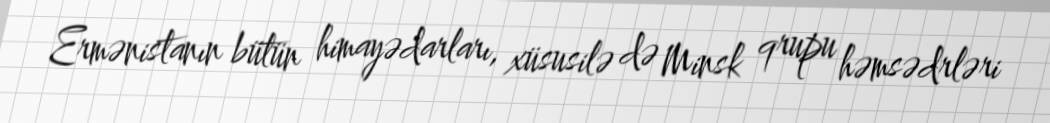
Ermənistanın bütün himayədarları, xüsusilə də Minsk qrupu həmsədrləri